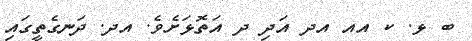
ބ ޅ. ކ އއ އދ އަދި ދ އަތޮޅަށެވެ. އދ. ދަނގެތީގައި